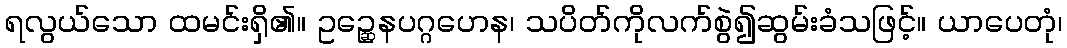
ရလွယ်သော ထမင်းရှိ၏။ ဥဉ္ဆေနပဂ္ဂဟေန၊ သပိတ်ကိုလက်စွဲ၍ဆွမ်းခံသဖြင့်။ ယာပေတုံ၊